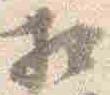
相